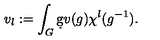
v _ { l } : = \int _ { G } \d g v ( g ) \chi ^ { l } ( g ^ { - 1 } ) .